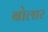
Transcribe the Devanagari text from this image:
बोलार